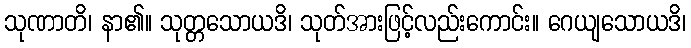
သုဏာတိ၊ နာ၏။ သုတ္တသောယဒိ၊ သုတ်အားဖြင့်လည်းကောင်း။ ဂေယျသောယဒိ၊